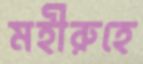
মহীরুহে